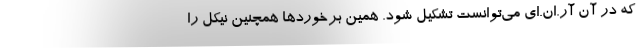
که در آن آر.ان.ای می‌توانست تشکیل شود. همین برخوردها همچنین نیکل را